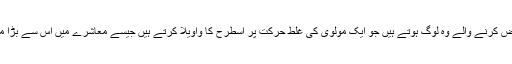
اس طرح کے اعتراض کرنے والے وہ لوگ ہوتے ہیں جو ایک مولوی کی غلط حرکت پر اسطرح کا واویلا کرتے ہیں جیسے معاشرے میں اس سے بڑا مسئلہ کوئی نہیں ہے۔